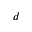
d